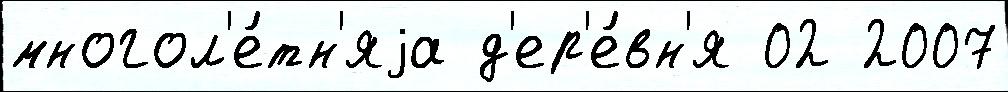
многол'е́тн'яjа д'ер'е́вн'я 02 2007